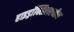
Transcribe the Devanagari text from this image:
हाइड्राॅक्सिलएमीन